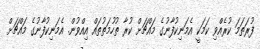
ފުރަތަމަ ކުރެއްވި ކަމަކީ އެމަނިކުފާނުގެ މައްޗަށް ކުރާ ތުހުމަތުތައް އިއްވުން. އެމަނިކުފާނުގެ މައްޗަށް